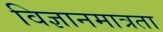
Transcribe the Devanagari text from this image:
विज्ञानमात्रता